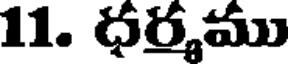
11. ధర్మము